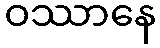
ဝဿာနေ